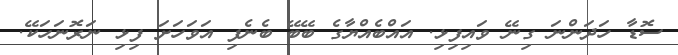
ސޮޑާ ހަދަންނަ ގިނޭ ވައިފިޅި. އައްބެއްޔާގެ ބޭބޭ ބެނެފި އަވަހަށަ ފިޅި ނަރޮނަހަކޭ.